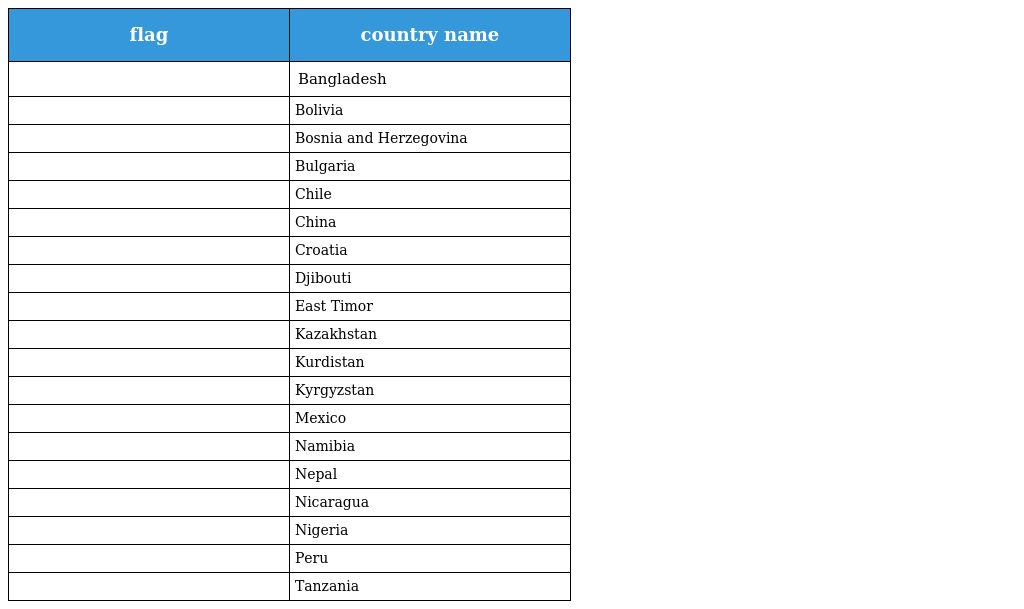
| flag | country name |
 | --- | --- |
 |  | Bangladesh |
 |  | Bolivia |
 |  | Bosnia and Herzegovina |
 |  | Bulgaria |
 |  | Chile |
 |  | China |
 |  | Croatia |
 |  | Djibouti |
 |  | East Timor |
 |  | Kazakhstan |
 |  | Kurdistan |
 |  | Kyrgyzstan |
 |  | Mexico |
 |  | Namibia |
 |  | Nepal |
 |  | Nicaragua |
 |  | Nigeria |
 |  | Peru |
 |  | Tanzania |